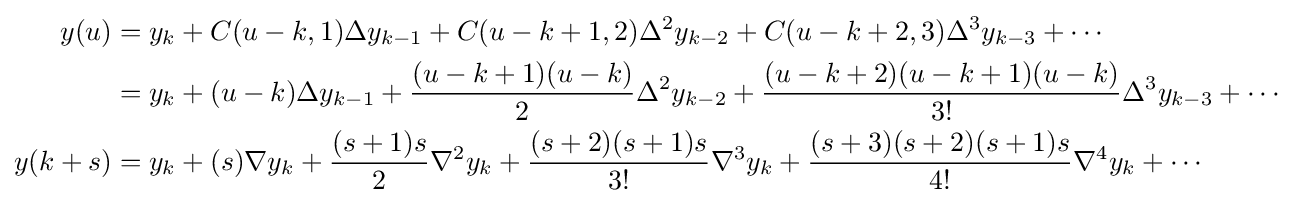
{\begin{aligned}y(u)&=y_{k}+C(u-k,1)\Delta y_{k-1}+C(u-k+1,2)\Delta ^{2}y_{k-2}+C(u-k+2,3)\Delta ^{3}y_{k-3}+\cdots \\&=y_{k}+(u-k)\Delta y_{k-1}+{\frac {(u-k+1)(u-k)}{2}}\Delta ^{2}y_{k-2}+{\frac {(u-k+2)(u-k+1)(u-k)}{3!}}\Delta ^{3}y_{k-3}+\cdots \\y(k+s)&=y_{k}+(s)\nabla y_{k}+{\frac {(s+1)s}{2}}\nabla ^{2}y_{k}+{\frac {(s+2)(s+1)s}{3!}}\nabla ^{3}y_{k}+{\frac {(s+3)(s+2)(s+1)s}{4!}}\nabla ^{4}y_{k}+\cdots \\\end{aligned}}